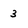
Character: 3